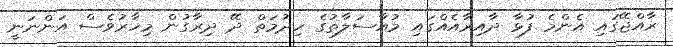
ރާއްޖޭގައި އެންމެ ފުޅާ ދާއިރާއެއްގައި މުއާސަލާތުގެ ހިދުމަތް ދޭ ދިރާގުން މިހާރުވެސް އަންނަނީ